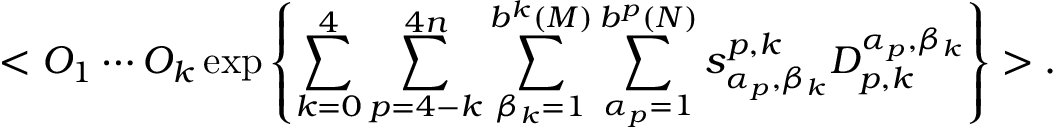
< { \cal O } _ { 1 } \cdots { \cal O } _ { k } \, \mathrm { e x p } \left\{ \sum _ { k = 0 } ^ { 4 } \sum _ { p = 4 - k } ^ { 4 n } \sum _ { \beta _ { k } = 1 } ^ { b ^ { k } ( { \cal M } ) } \sum _ { \alpha _ { p } = 1 } ^ { b ^ { p } ( { \cal N } ) } s _ { \alpha _ { p } , \beta _ { k } } ^ { p , k } { \cal D } _ { p , k } ^ { \alpha _ { p } , \beta _ { k } } \right\} > .